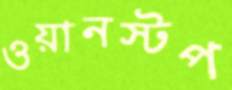
ওয়ানস্টপ